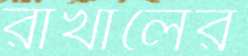
রাখালের